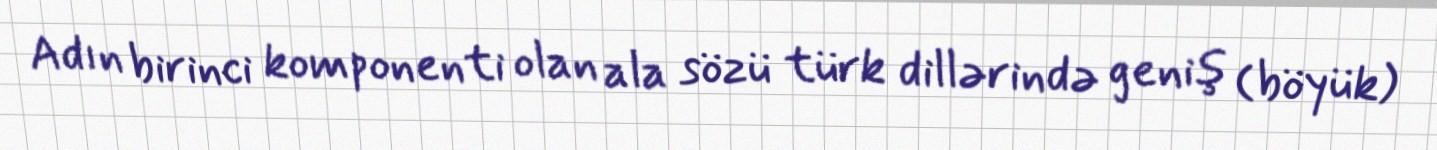
Adın birinci komponenti olan ala sözü türk dillərində geniş (böyük)